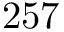
2 5 7